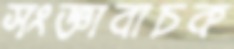
সংজ্ঞাবাচক